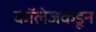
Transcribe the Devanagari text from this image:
कॉलेजकडून